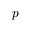
p